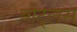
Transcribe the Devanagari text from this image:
बीट्लस